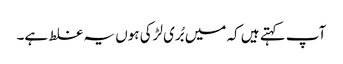
آپ کہتے ہیں کہ میں بُری لڑکی ہوں یہ غلط ہے۔